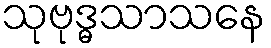
သုဗုဒ္ဓသာသနေ